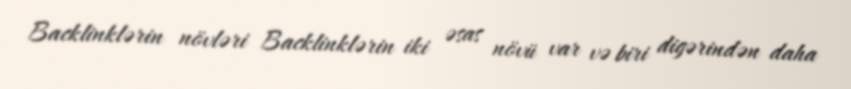
Backlinklərin növləri Backlinklərin iki əsas növü var və biri digərindən daha